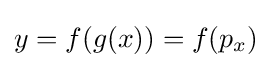
y=f(g(x))=f(p_{x})